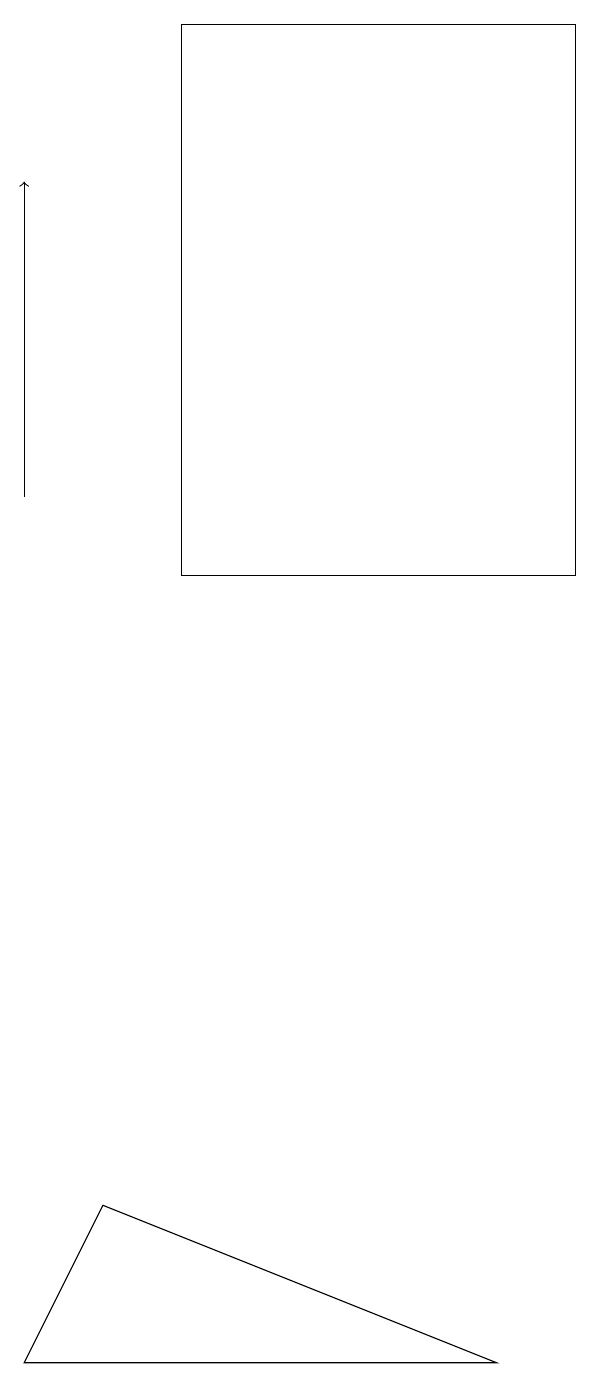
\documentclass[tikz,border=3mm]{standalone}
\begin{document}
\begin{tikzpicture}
\draw[->] (1,11) -- (1,15);
\draw (1,0) -- (7,0) -- (2,2) -- cycle;
\draw (3,10) rectangle (8,17);
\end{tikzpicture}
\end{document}